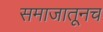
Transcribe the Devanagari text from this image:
समाजातूनच